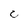
Character: C